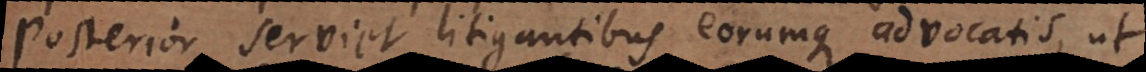
Posterior serviet litigantibus eorumque advocatis, ut